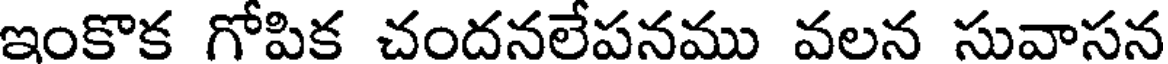
ఇంకొక గోపిక చందనలేపనము వలన సువాసన